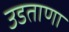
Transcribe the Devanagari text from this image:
उडताणा